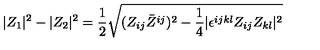
| Z _ { 1 } | ^ { 2 } - | Z _ { 2 } | ^ { 2 } = { \frac { 1 } { 2 } } \sqrt { ( Z _ { i j } \bar { Z } ^ { i j } ) ^ { 2 } - { \frac { 1 } { 4 } } | \epsilon ^ { i j k l } Z _ { i j } Z _ { k l } | ^ { 2 } }